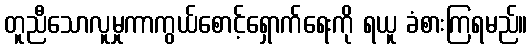
တူညီသောလူမှုကာကွယ်စောင့်ရှောက်ရေးကို ရယူ ခံစားကြရမည်။